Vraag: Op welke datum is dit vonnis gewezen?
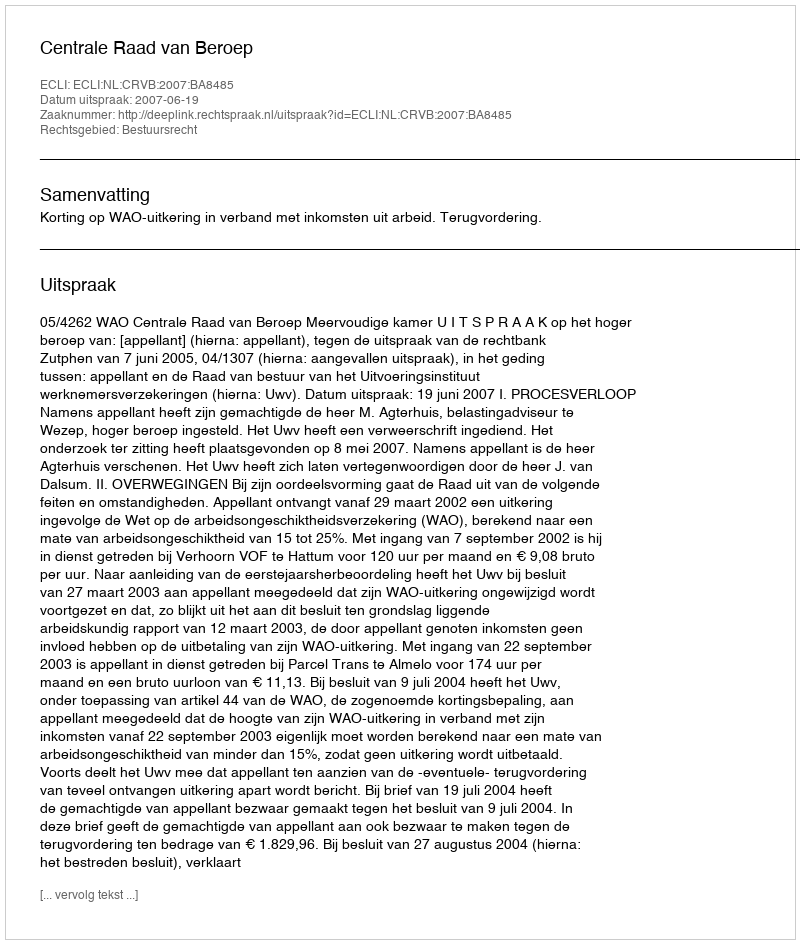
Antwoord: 2007-06-19